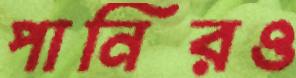
পানিরও